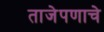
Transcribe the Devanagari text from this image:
ताजेपणाचे